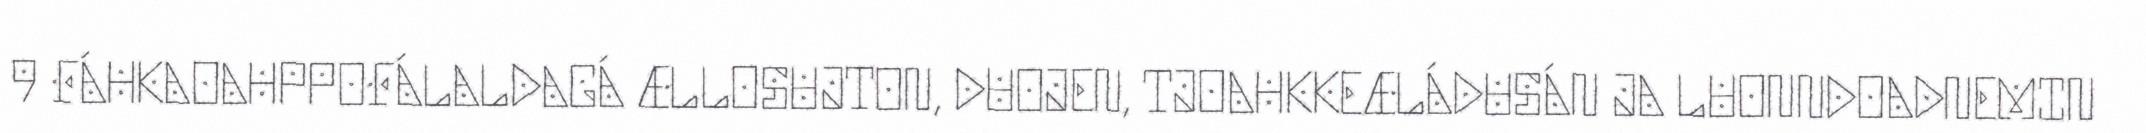
9 FÁHKAOAHPPOFÁLALDAGÁ ÆLLOSUJTON, DUOJEN, TJOAHKKEÆLÁDUSÁN JA LUONNDOADNEMIN